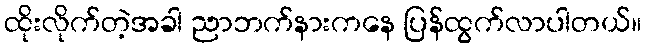
ထိုးလိုက်တဲ့အခါ ညာဘက်နားကနေ ပြန်ထွက်လာပါတယ်။